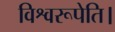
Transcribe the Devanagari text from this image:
विश्वरूपेति।